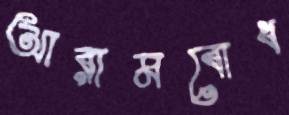
আরামবোধ